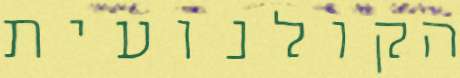
הקולנועית